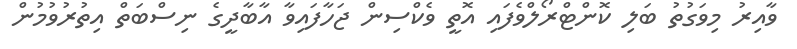
ވާއިރު މިވަގުތު ބަލި ކޮންޓްރޯލްވެފައި އޮތީ ވެކްސިން ޖަހާފައިވާ އާބާދީގެ ނިސްބަތް އިތުރުވުމުން